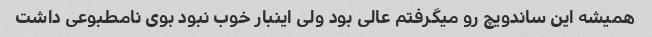
همیشه این ساندویچ رو میگرفتم عالی بود ولی اینبار خوب نبود بوی نامطبوعی داشت